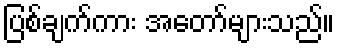
ပြစ်ချက်ကား အတော်များသည်။